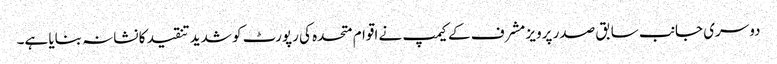
دوسری جانب سابق صدر پرویز مشرف کے کیمپ نے اقوام متحدہ کی رپورٹ کو شدید تنقید کا نشانہ بنایا ہے۔